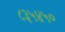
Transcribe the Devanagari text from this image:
८३५४५०